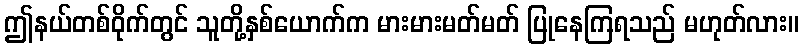
ဤနယ်တစ်ဝိုက်တွင် သူတို့နှစ်ယောက်က မားမားမတ်မတ် ပြုနေကြရသည် မဟုတ်လား။